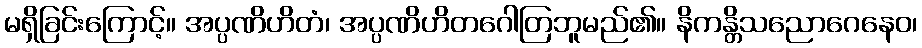
မရှိခြင်းကြောင့်။ အပ္ပဏိဟိတံ၊ အပ္ပဏိဟိတဂေါတြဘူမည်၏။ နိကန္တိသညောဂေနေဝ၊